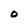
Character: 0